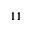
1 1